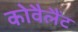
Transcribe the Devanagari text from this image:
कोवैलैंट